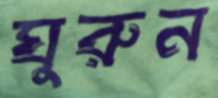
ঘুরুন